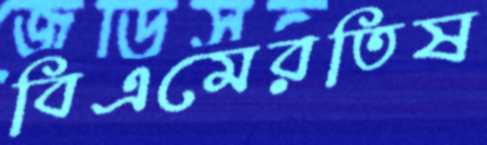
বিএমেরতিষ